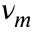
\nu _ { m }